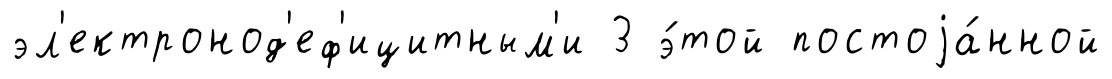
эл'ектронод'еф'ицитным'и 3 э́той постоjа́нной